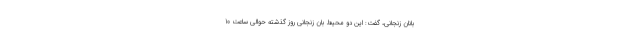
بانان زنجانی، گفت: این دو محیط بان زنجانی روز گذشته حوالی ساعت 10